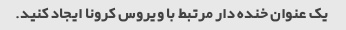
یک عنوان خنده دار مرتبط با ویروس کرونا ایجاد کنید.